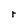
Character: r